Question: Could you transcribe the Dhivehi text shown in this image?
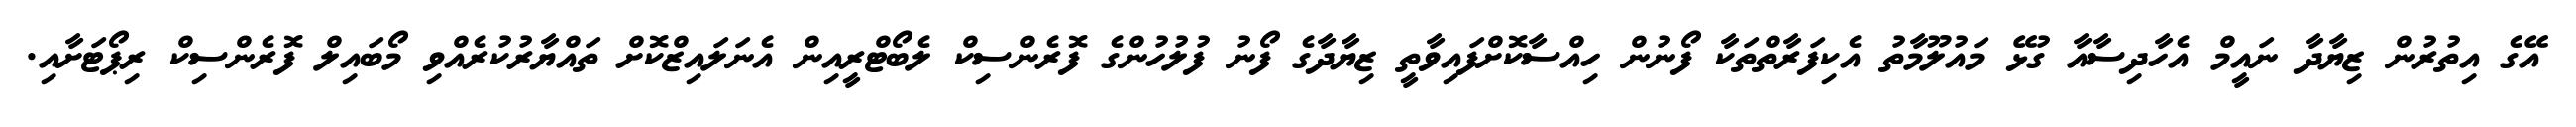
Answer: އޭގެ އިތުރުން ޒިޔާދާ ނައީމް އެހާދިސާއާ ގުޅޭ މައުލޫމާތު އެކިފަރާތްތަކާ ފޯނުން ހިއްސާކޮށްފައިވާތީ ޒިޔާދާގެ ފޯނު ފުލުހުންގެ ފޮރެންސިކް ލެބޯޓްރީއިން އެނަލައިޒްކޮށް ތައްޔާރުކުރެއްވި މޯބައިލް ފޮރެންސިކް ރިޕޯޓަށާއި.